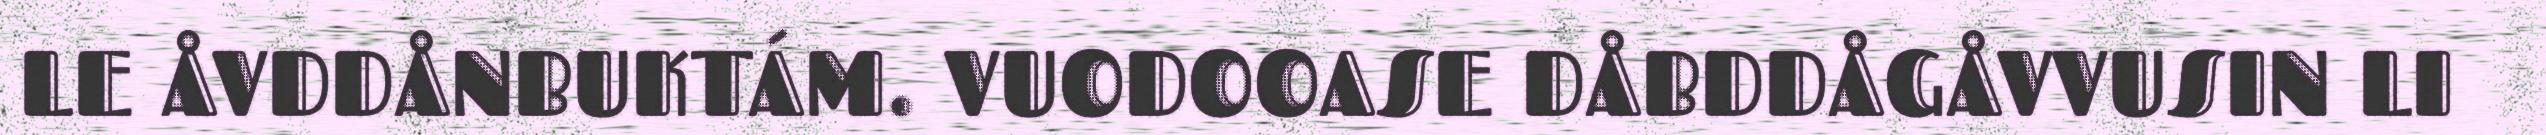
LE ÅVDDÅNBUKTÁM. VUODOOASE DÅBDDÅGÅVVUSIN LI